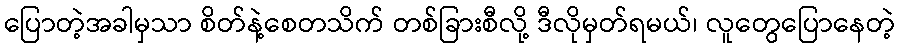
ပြောတဲ့အခါမှသာ စိတ်နဲ့စေတသိက် တစ်ခြားစီလို့ ဒီလိုမှတ်ရမယ်၊ လူတွေပြောနေတဲ့